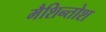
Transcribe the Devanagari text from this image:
मैशिन्तोश